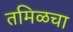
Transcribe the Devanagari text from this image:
तमिळचा